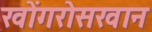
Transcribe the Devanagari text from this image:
खोंगरोसखान